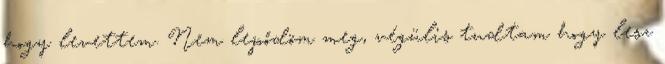
hogy levettem. Nem lepődöm meg, végülis tudtam hogy lesz